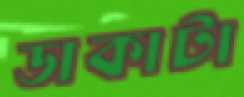
ডাকাটা